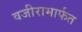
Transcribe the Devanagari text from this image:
वजीरामार्फत